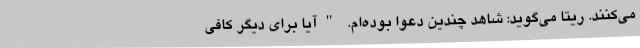
می‌کنند. ریتا می‌گوید: شاهد چندین دعوا بوده‌ام. "آیا برای دیگر کافی